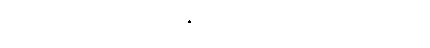
ဘိက္ခဝေ၊ ရဟန်းတို့။ ဣမေခေါ ပဉ္စ၊ ဤငါးပါးတို့တည်း။ ဣတိ၊ ဤသို့။ အဝေါ၊